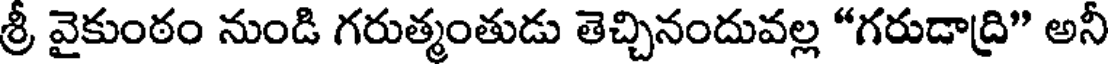
శ్రీ వైకుంఠం నుండి గరుత్మంతుడు తెచ్చినందువల్ల "గరుడాద్రి" అనీ